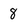
Character: 8